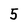
Character: 5